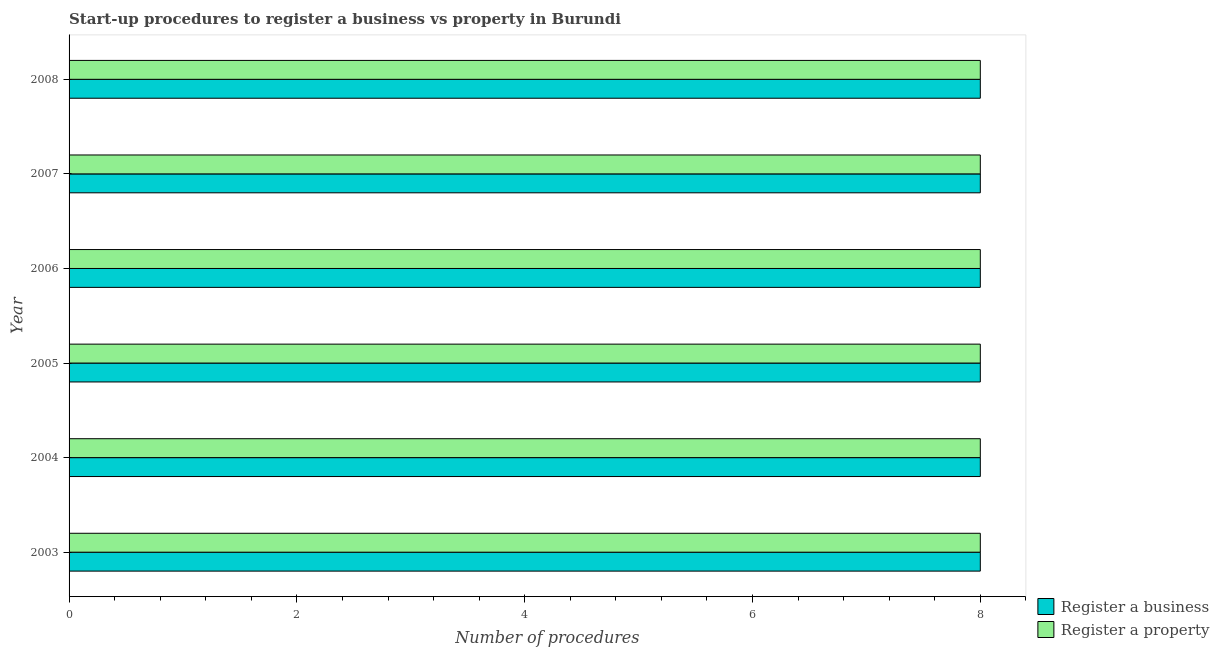
| Year | Register a business | Register a property |
 | --- | --- | --- |
 | 2003 | 8 | 8 |
 | 2004 | 8 | 8 |
 | 2005 | 8 | 8 |
 | 2006 | 8 | 8 |
 | 2007 | 8 | 8 |
 | 2008 | 8 | 8 |